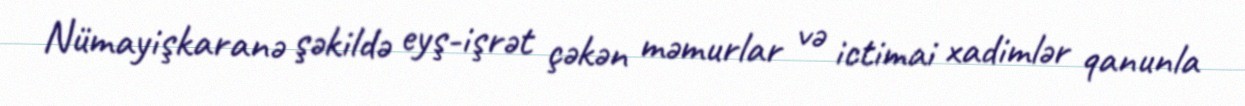
Nümayişkaranə şəkildə eyş-işrət çəkən məmurlar və ictimai xadimlər qanunla